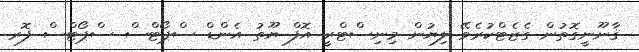
ޤާނޫނީގޮތުން ގެޒެޓްކުރެވޭ ލިޔުން މިނިސްޓްރީ އޮފް ޔޫތު އެންޑް ސްޕޯޓްސް ސްޕޯޓްސް ފޮރ